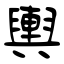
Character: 輿